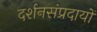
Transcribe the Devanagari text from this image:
दर्शनसंप्रदायों